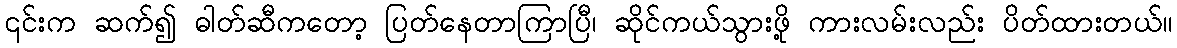
၎င်းက ဆက်၍ ဓါတ်ဆီကတော့ ပြတ်နေတာကြာပြီ၊ ဆိုင်ကယ်သွားဖို့ ကားလမ်းလည်း ပိတ်ထားတယ်။